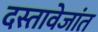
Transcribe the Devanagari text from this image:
दस्तावेजांत